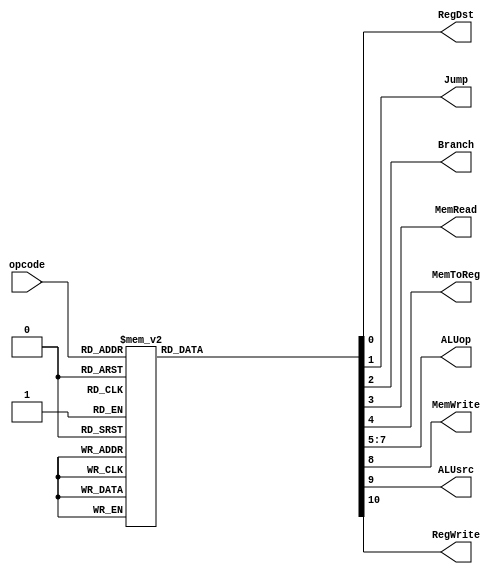
`timescale 1ns / 1ps

module control (opcode,RegDst,Jump,Branch,MemRead,MemToReg,ALUop,MemWrite,ALUsrc,RegWrite);
	input [3:0] opcode;
	output reg RegDst, Jump, Branch, MemRead, MemToReg,
			MemWrite, ALUsrc, RegWrite;
	output reg [2:0] ALUop;

	always @(opcode) begin
		case (opcode)
			4'h2: begin //ADD
					RegDst<=1;
					Jump<=0;
					Branch<=0;
					MemRead<=0;
					MemToReg<=0;
					ALUop<=3'b011;
					MemWrite<=0;
					ALUsrc<=0;
					RegWrite<=1;
			end
			4'h3: begin //ADDi
					RegDst<=0;
					Jump<=0;
					Branch<=0;
					MemRead<=0;
					MemToReg<=0;
					ALUop<=3'b011;
					MemWrite<=0;
					ALUsrc<=1;
					RegWrite<=1;
			end
			4'h6: begin //SUB
					RegDst<=1;
					Jump<=0;
					Branch<=0;
					MemRead<=0;
					MemToReg<=0;
					ALUop<=3'b100;
					MemWrite<=0;
					ALUsrc<=0;
					RegWrite<=1;
			end
			4'h0: begin //AND
					RegDst<=1;
					Jump<=0;
					Branch<=0;
					MemRead<=0;
					MemToReg<=0;
					ALUop<=3'b000;
					MemWrite<=0;
					ALUsrc<=0;
					RegWrite<=1;
			end
			4'h1: begin //OR
					RegDst<=1;
					Jump<=0;
					Branch<=0;
					MemRead<=0;
					MemToReg<=0;
					ALUop<=3'b001;
					MemWrite<=0;
					ALUsrc<=0;
					RegWrite<=1;
			end
			4'h7: begin //SLT
					RegDst<=1;
					Jump<=0;
					Branch<=0;
					MemRead<=0;
					MemToReg<=0;
					ALUop<=3'b101;
					MemWrite<=0;
					ALUsrc<=0;
					RegWrite<=1;
			end
			4'h8: begin //LW
					RegDst<=0;
					Jump<=0;
					Branch<=0;
					MemRead<=0;
					MemToReg<=1;
					ALUop<=3'b011;
					MemWrite<=0;
					ALUsrc<=1;
					RegWrite<=1;
			end
			4'hA: begin //SW
					RegDst<=0;
					Jump<=0;
					Branch<=0;
					MemRead<=0;
					MemToReg<=0;
					ALUop<=3'b011;
					MemWrite<=1;
					ALUsrc<=1;
					RegWrite<=0;
			end
			4'hE: begin //BNE
					RegDst<=0;
					Jump<=0;
					Branch<=1;
					MemRead<=0;
					MemToReg<=0;
					ALUop<=3'b000;
					MemWrite<=0;
					ALUsrc<=0;
					RegWrite<=0;
			end
			4'hF: begin //JMP
					RegDst<=0;
					Jump<=1;
					Branch<=0;
					MemRead<=0;
					MemToReg<=0;
					ALUop<=3'b000;
					MemWrite<=0;
					ALUsrc<=0;
					RegWrite<=0;
			end
			default: begin
					RegDst<=0;
					Jump<=0;
					Branch<=0;
					MemRead<=0;
					MemToReg<=0;
					ALUop<=3'b000;
					MemWrite<=0;
					ALUsrc<=0;
					RegWrite<=0;
			end
		endcase
	end
endmodule